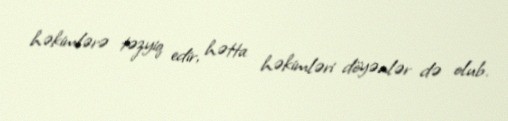
həkimlərə təzyiq edir, hətta həkimləri döyənlər də olub.